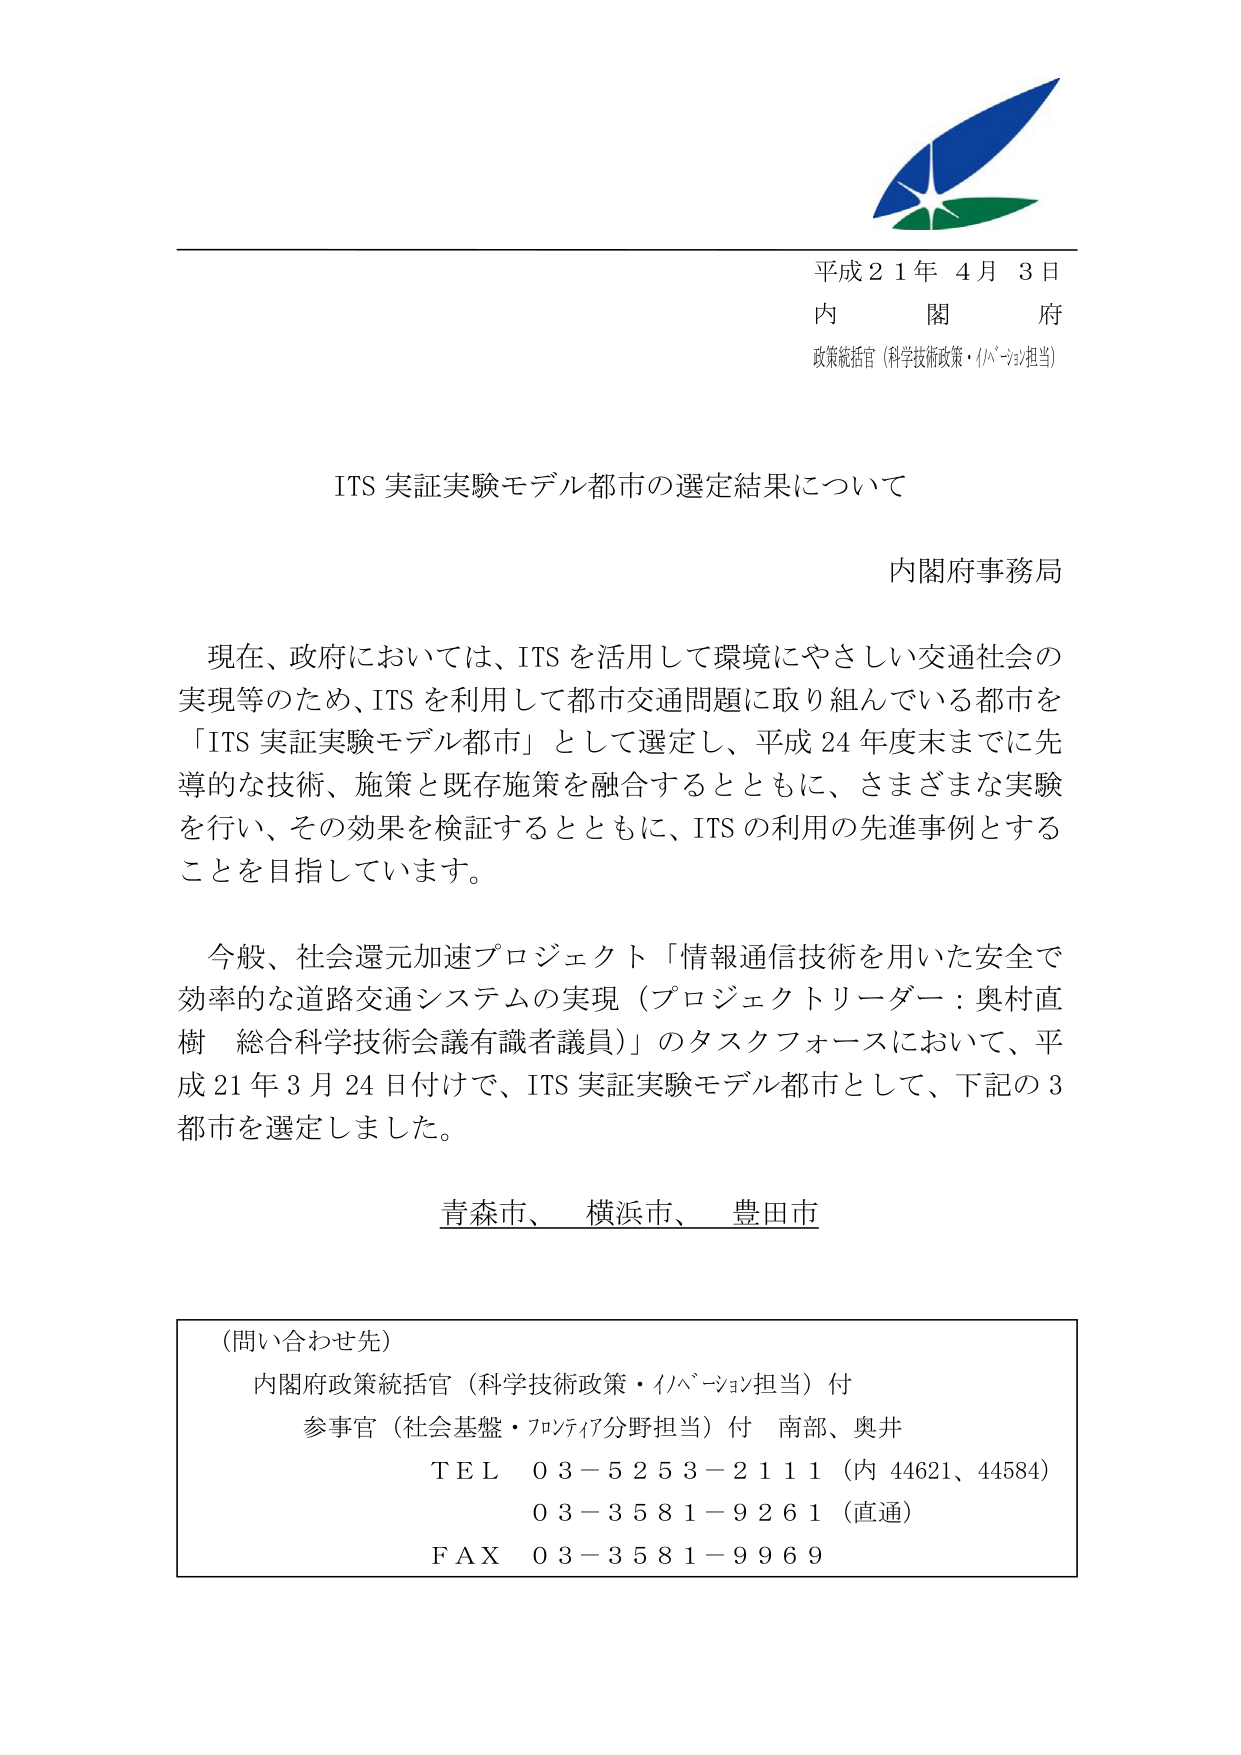
平成２１年 ４月 ３日
内 閣 府
政策統括官（科学技術政策・イノベーション担当）

ITS 実証実験モデル都市の選定結果について

内閣府事務局

現在、政府においては、ITS を活用して環境にやさしい交通社会の
実現等のため、ITS を利用して都市交通問題に取り組んでいる都市を
「ITS 実証実験モデル都市」として選定し、平成 24 年度末までに先
導的な技術、施策と既存施策を融合するとともに、さまざまな実験
を行い、その効果を検証するとともに、ITS の利用の先進事例とする
ことを目指しています。

今般、社会還元加速プロジェクト「情報通信技術を用いた安全で
効率的な道路交通システムの実現（プロジェクトリーダー：奥村直
樹 総合科学技術会議有識者議員）」のタスクフォースにおいて、平
成 21 年 3 月 24 日付けで、ITS 実証実験モデル都市として、下記の 3
都市を選定しました。

青森市、 横浜市、 豊田市

（問い合わせ先）
内閣府政策統括官（科学技術政策・イノベーション担当）付
参事官（社会基盤・フロンティア分野担当）付 南部、奥井
ＴＥＬ ０３－５２５３－２１１１（内 44621、44584）
　　　０３－３５８１－９２６１（直通）
ＦＡＸ ０３－３５８１－９９６９